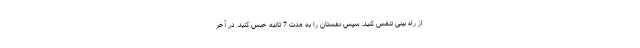
از راه بینی تنفس کنید. سپس نفستان را به مدت 7 ثانیه حبس کنید. در آخر